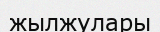
жылжулары